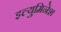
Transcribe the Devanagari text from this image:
इल्युमिनेश